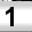
Digit: 1